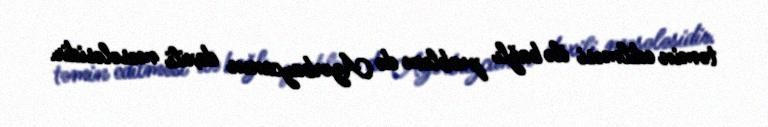
təmin edilməsi ilə bağlı problem də Azərbaycanın daxili məsələsidir.